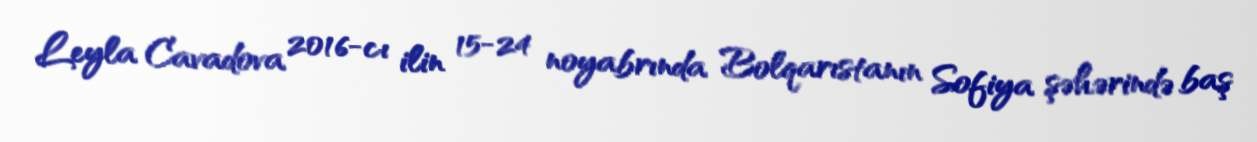
Leyla Cavadova 2016-cı ilin 15-24 noyabrında Bolqarıstanın Sofiya şəhərində baş